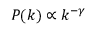
P ( k ) \propto k ^ { - \gamma }